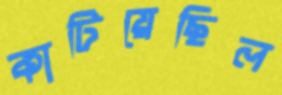
কাটিয়েছিল